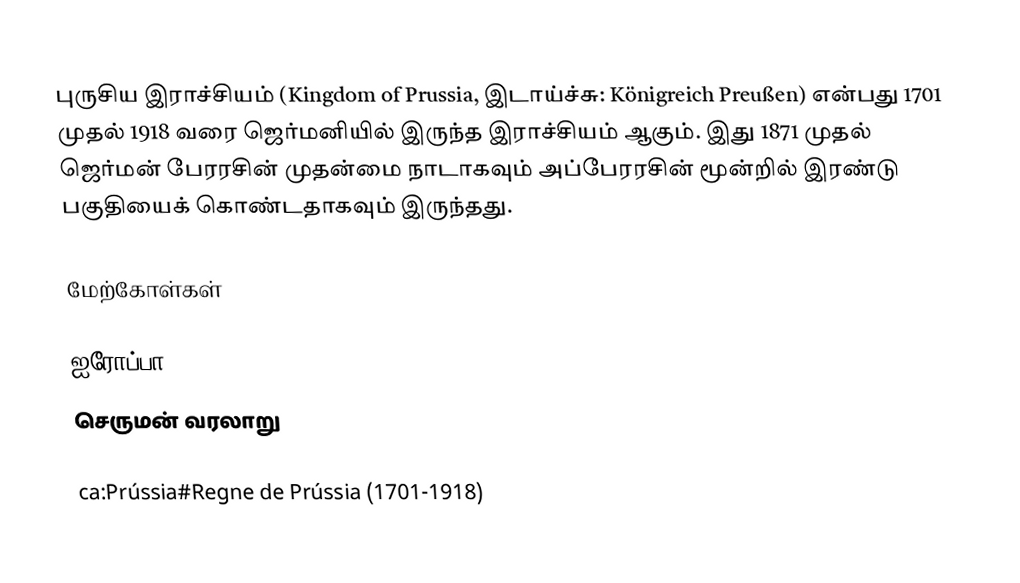
புருசிய இராச்சியம் (Kingdom of Prussia, இடாய்ச்சு: Königreich Preußen) என்பது 1701 முதல் 1918 வரை ஜெர்மனியில் இருந்த இராச்சியம் ஆகும். இது 1871 முதல் ஜெர்மன் பேரரசின் முதன்மை நாடாகவும் அப்பேரரசின் மூன்றில் இரண்டு பகுதியைக் கொண்டதாகவும் இருந்தது.

மேற்கோள்கள்

ஐரோப்பா
செருமன் வரலாறு

ca:Prússia#Regne de Prússia (1701-1918)